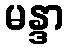
မန္ဒာ